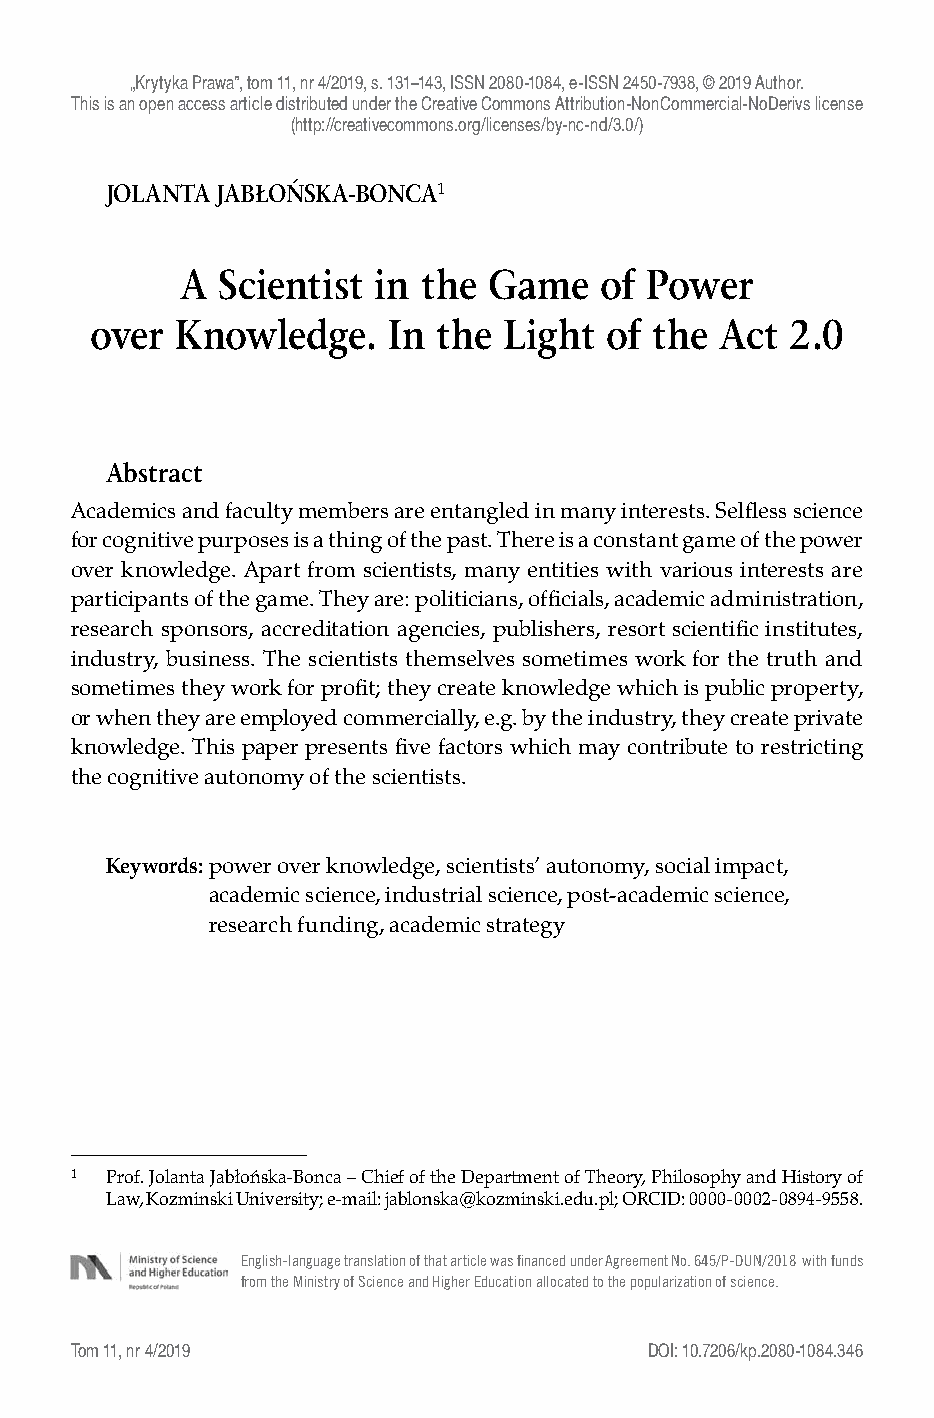
„Krytyka Prawa”, tom 11, nr 4/2019, s. 131–143, ISSN 2080-1084, e-ISSN 2450-7938, © 2019 Author.
 This is an open access article distributed under the Creative Commons Attribution-NonCommercial-NoDerivs license
 (http://creativecommons.org/licenses/by-nc-nd/3.0/)
 JOLANTA JABŁOŃSKA-BONCA1
 A Scientist  in the Game   of  Power
 over Knowledge.    In  the Light  of the Act  2.0
 Abstract
 Academics and faculty members are entangled in many interests. Selfless science
 for cognitive purposes is a thing of the past. There is a constant game of the power
 over knowledge. Apart from scientists, many entities with various interests are
 participants of the game. They are: politicians, officials, academic administration,
 research sponsors, accreditation agencies, publishers, resort scientific institutes,
 industry, business. The scientists themselves sometimes work for the truth and
 sometimes they work for profit; they create knowledge which is public property,
 or when they are employed commercially, e.g. by the industry, they create private
 knowledge. This paper presents five factors which may contribute to restricting
 the cognitive autonomy of the scientists.
 Keywords: power over knowledge, scientists’ autonomy, social impact,
 academic science, industrial science, post-academic science,
 research funding, academic strategy
 1  Prof. Jolanta Jabłońska-Bonca – Chief of the Department of Theory, Philosophy and History of
 Law, Kozminski University; e-mail: jablonska@kozminski.edu.pl; ORCID: 0000-0002-0894-9558.
 English-language translation of that article was financed under Agreement No. 645/P-DUN/2018 with funds
 from the Ministry of Science and Higher Education allocated to the popularization of science.
 Tom 11, nr 4/2019                      DOI: 10.7206/kp.2080-1084.346